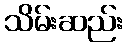
သိမ်းဆည်း